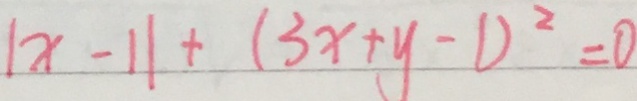
\vert x - 1 \vert + ( 3 x + y - 1 ) ^ { 2 } = 0